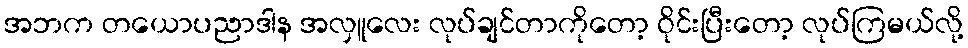
အဘက တယောပညာဒါန အလှူလေး လုပ်ချင်တာကိုတော့ ဝိုင်းပြီးတော့ လုပ်ကြမယ်လို့